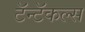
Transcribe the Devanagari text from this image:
टॅन्टॅकल्स